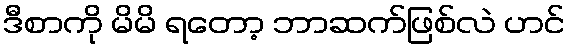
ဒီစာကို မိမိ ရတော့ ဘာဆက်ဖြစ်လဲ ဟင်